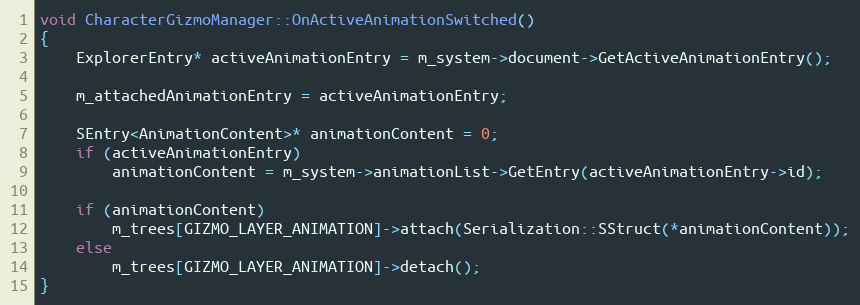
Language: C++
void CharacterGizmoManager::OnActiveAnimationSwitched()
{
	ExplorerEntry* activeAnimationEntry = m_system->document->GetActiveAnimationEntry();

	m_attachedAnimationEntry = activeAnimationEntry;

	SEntry<AnimationContent>* animationContent = 0;
	if (activeAnimationEntry)
		animationContent = m_system->animationList->GetEntry(activeAnimationEntry->id);

	if (animationContent)
		m_trees[GIZMO_LAYER_ANIMATION]->attach(Serialization::SStruct(*animationContent));
	else
		m_trees[GIZMO_LAYER_ANIMATION]->detach();
}